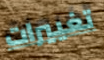
تغييرات